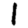
Digit: 1